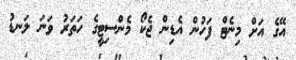
އޭގެ އަށް މިނެޓް ފަހުން އެޑިން ޖެކޯ މެންސިޓީގެ ހަތަރު ވަނަ ލަނޑު